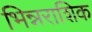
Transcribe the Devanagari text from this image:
भिन्नराशिक